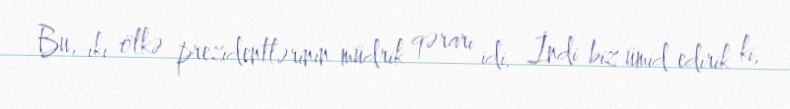
Bu, iki ölkə prezidentlərinin müdrik qərarı idi. İndi biz ümid edirik ki,